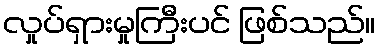
လှုပ်ရှားမှုကြီးပင် ဖြစ်သည်။